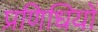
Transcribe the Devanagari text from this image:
प्रणिधियों